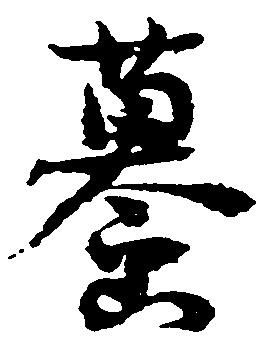
蟇